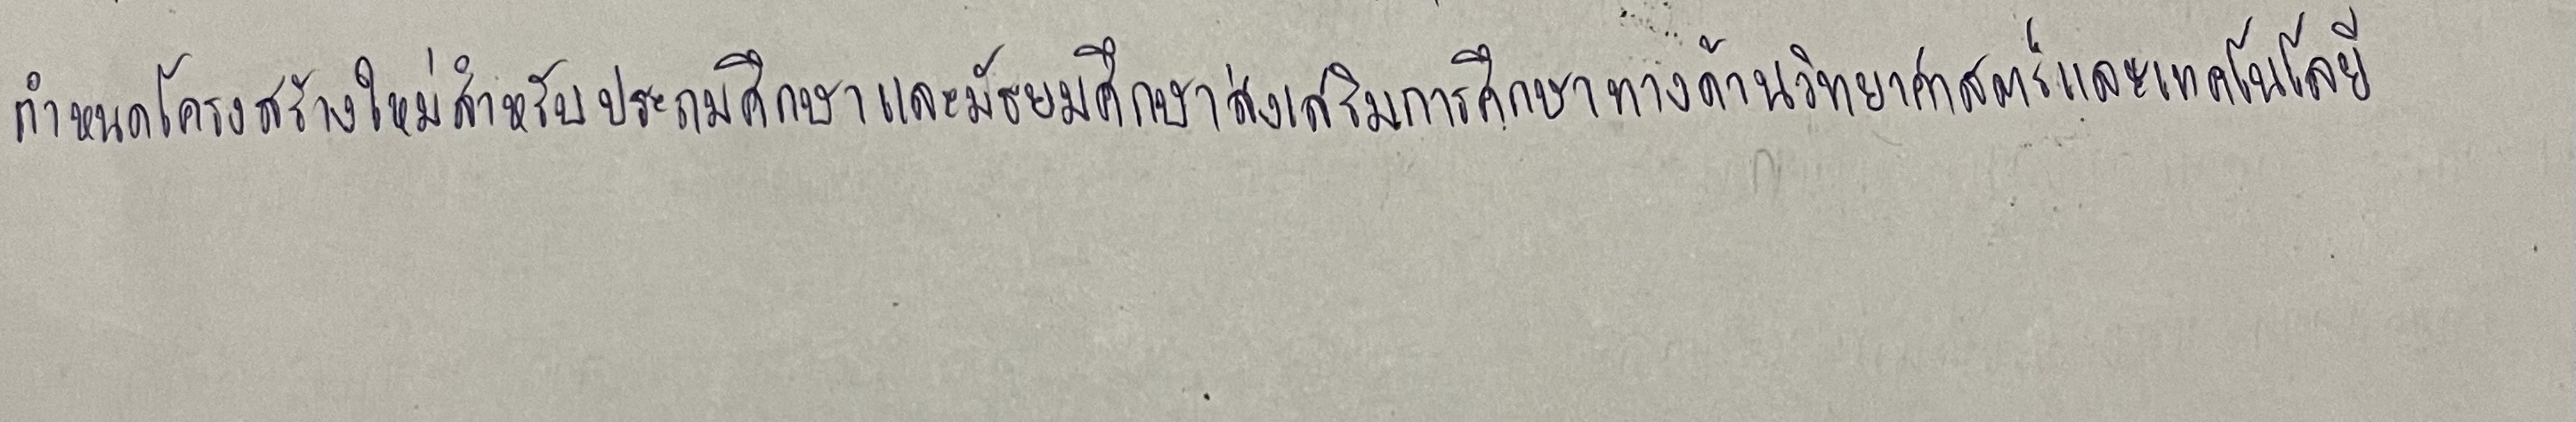
กำหนดโครงสร้างใหม่สำหรับประถมศึกษาและมัธยมศึกษาส่งเสริมการศึกษาทางด้านวิทยาศาสตร์และเทคโนโลยี